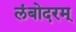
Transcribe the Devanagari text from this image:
लंबोदरम्